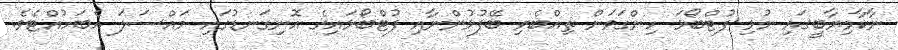
ނާކާމިޔާބީގައި މުޅި ފުޓްބޯޅަ ހިންގަވަން ތިއްބެވި ބޭފުޅުންނާއި ފުޓްބޯޅައިގެ އޮނިގަނޑުގައި މައްސަލަ އެބަހުއްޓެވެ.